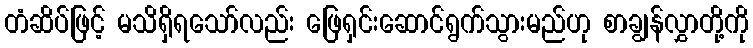
တံဆိပ်ဖြင့် မသိရှိရသော်လည်း ဖြေရှင်းဆောင်ရွက်သွားမည်ဟု စာချွန်လွှာတို့ကို